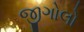
જીગોલો